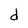
Character: d